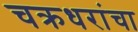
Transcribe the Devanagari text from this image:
चक्रधरांचा